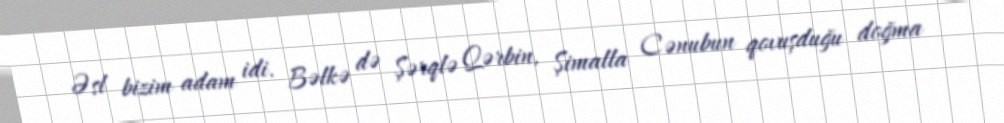
Əsl bizim adam idi. Bəlkə də Şərqlə Qərbin, Şimalla Cənubun qovuşduğu doğma